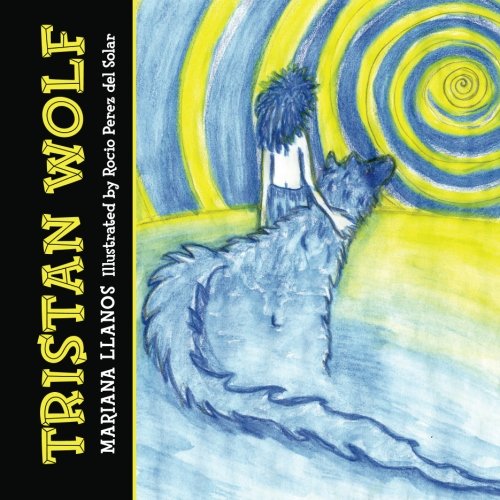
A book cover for Tristan Wolf; Mariana Llanos; Literature & Fiction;